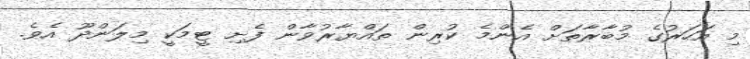
މި އަހަރުގެ މުބާރާތަށް އެންމެ ކުރިން ތައްޔާރުވާން ފެށި ޓީމަކީ މިލަންދޫ އެވެ.